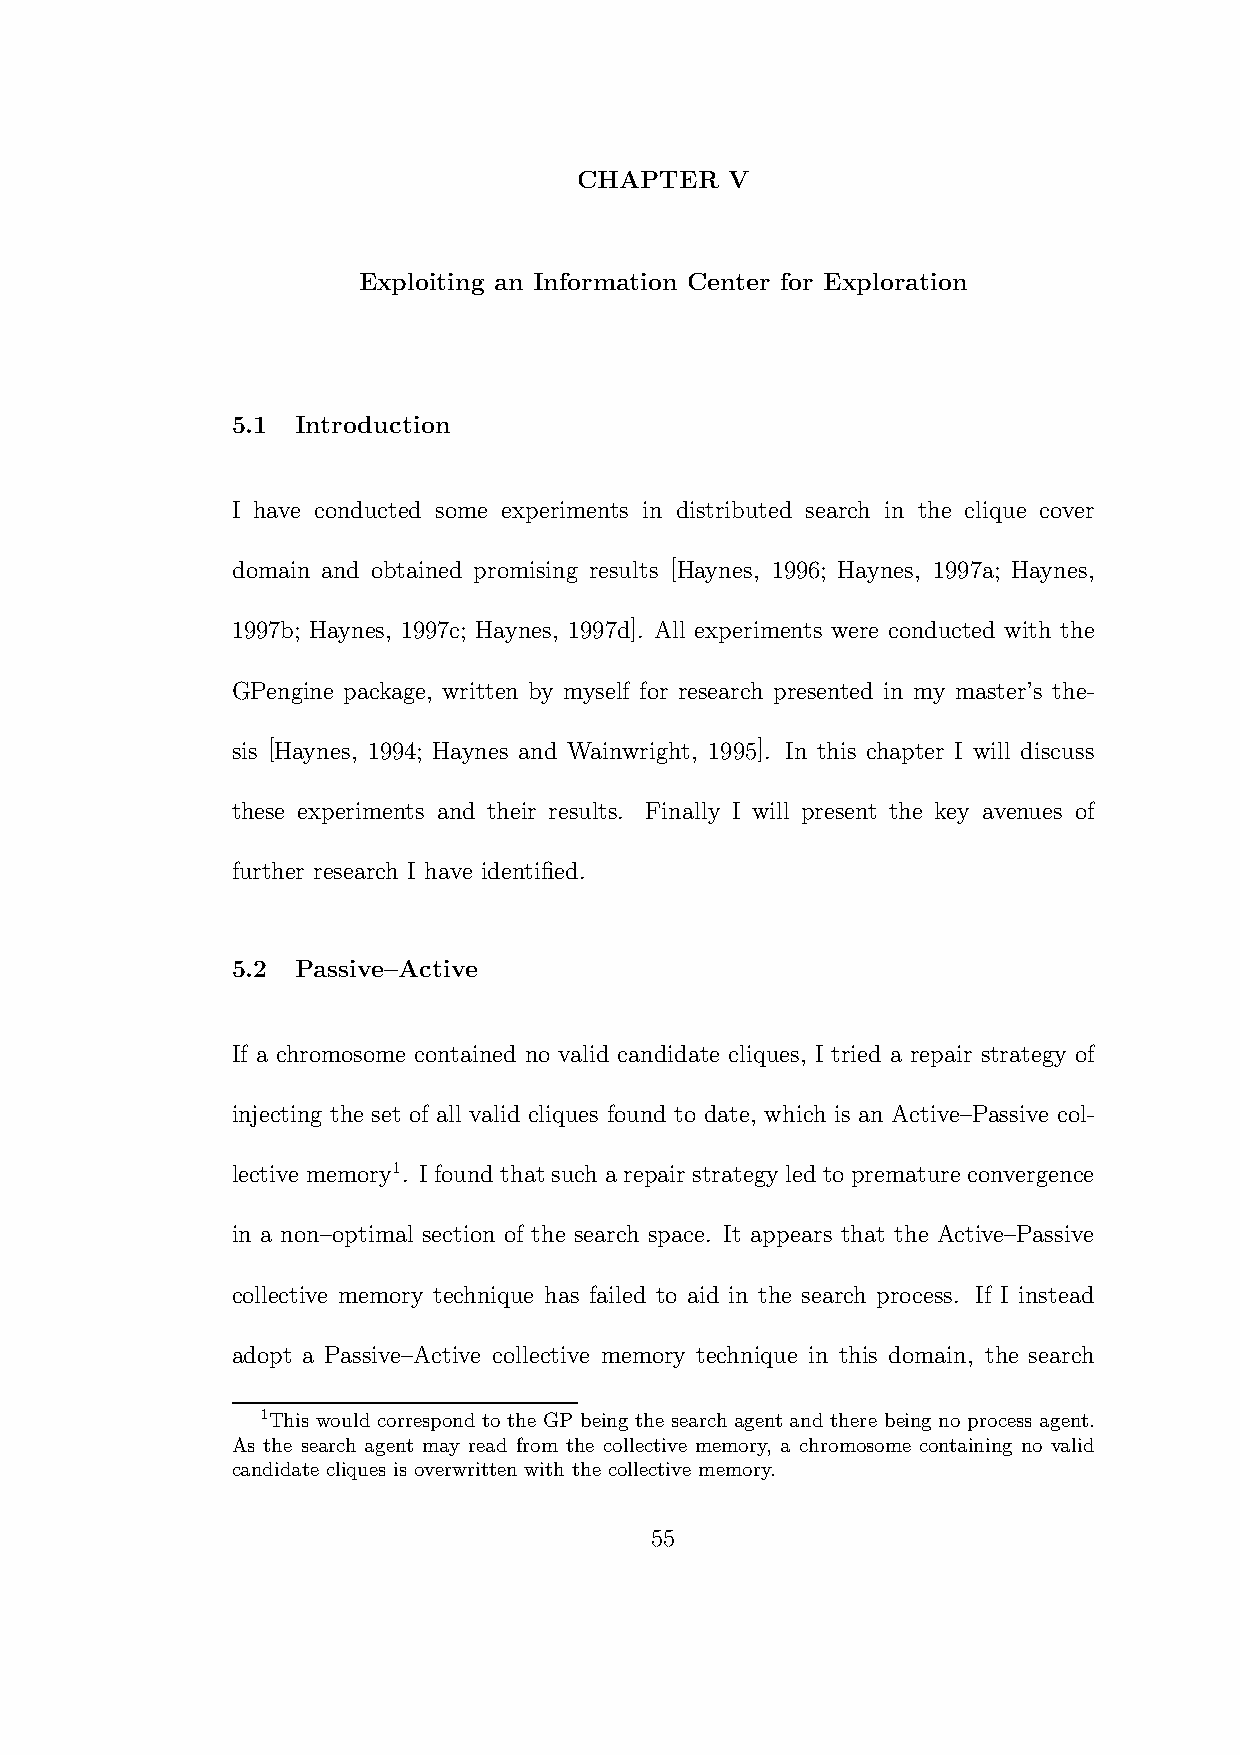
CHAPTER   V
 Exploiting an Information Center for Exploration
 5.1  Introduction
 I have conducted some experiments in distributed search in the clique cover
 domain and obtained promising results [Haynes, 1996; Haynes, 1997a; Haynes,
 1997b; Haynes, 1997c; Haynes, 1997d]. All experiments were conducted with the
 GPengine package, written by myself for research presented in my master’s the-
 sis [Haynes, 1994; Haynes and Wainwright, 1995]. In this chapter I will discuss
 these experiments and their results. Finally I will present the key avenues of
 further research I have identified.
 5.2  Passive–Active
 If a chromosome contained no valid candidate cliques, I tried a repair strategy of
 injecting the set of all valid cliques found to date, which is an Active–Passive col-
 lective memory1. I found that such a repair strategy led to premature convergence
 in a non–optimal section of the search space. It appears that the Active–Passive
 collective memory technique has failed to aid in the search process. If I instead
 adopt a Passive–Active collective memory technique in this domain, the search
 1This would correspondto the GP being the search agentand there being no process agent.
 As the search agent may read from the collective memory, a chromosome containing no valid
 candidate cliques is overwritten with the collective memory.
 55